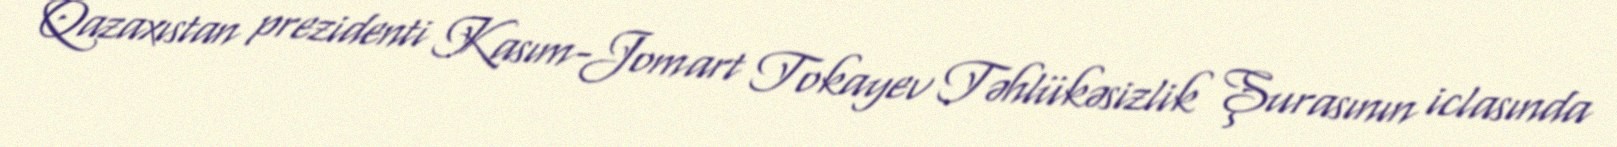
Qazaxıstan prezidenti Kasım-Jomart Tokayev Təhlükəsizlik Şurasının iclasında